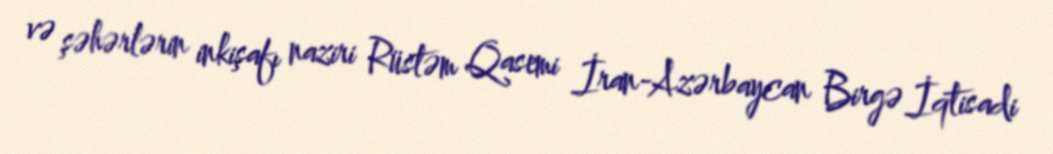
və şəhərlərin inkişafı naziri Rüstəm Qasemi İran-Azərbaycan Birgə İqtisadi